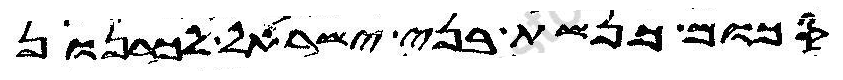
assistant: סכום כנשת בני ישראל לכרנהון